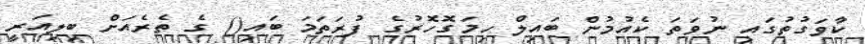
ކާވަގުތުގައި ނުވަތަ ކެއުމުން ބައިލް ހިމަގޮހޮރުގެ ފުރަތަމަ ބައި() ގެ ތެރެއަށް ބިލިއަރީ